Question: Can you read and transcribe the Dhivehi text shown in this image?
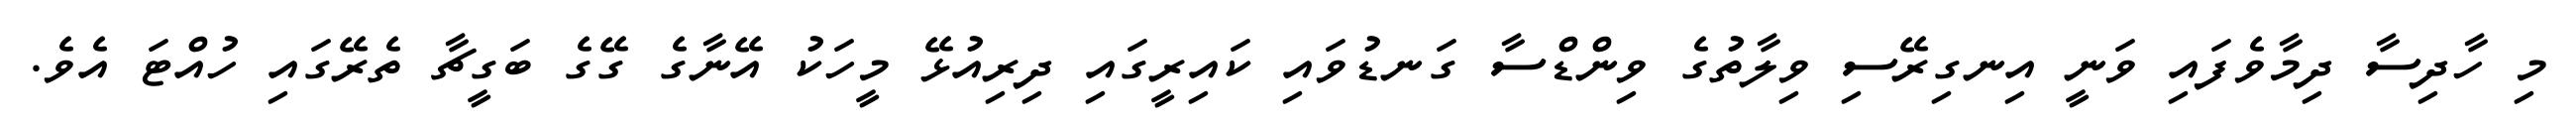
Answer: މި ހާދިސާ ދިމާވެފައި ވަނީ އިނގިރޭސި ވިލާތުގެ ވިންޑްސާ ގަނޑުވައި ކައިރީގައި ދިރިއުޅޭ މީހަކު އޭނާގެ ގޭގެ ބަގީޗާ ތެރޭގައި ހުއްޓަ އެވެ.